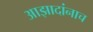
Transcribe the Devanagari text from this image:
आझादांनाच